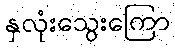
နှလုံးသွေးကြော